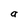
Character: a